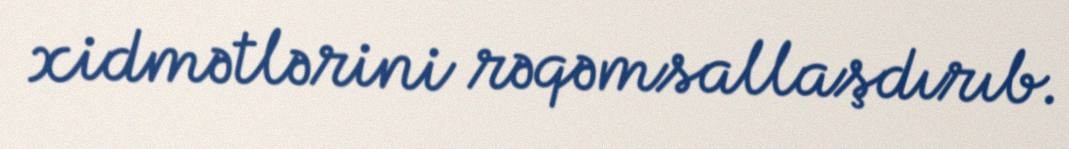
xidmətlərini rəqəmsallaşdırıb.